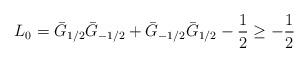
LaTeX: \begin{align*}L_0 = \bar G_{1/2} \bar G_{-1/2} + \bar G_{-1/2} \bar G_{1/2} - \frac {1} {2} \geq - \frac {1} {2}\end{align*}